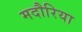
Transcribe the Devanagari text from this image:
मदौरिया